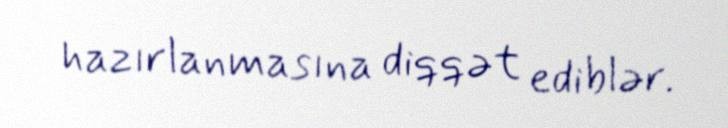
hazırlanmasına diqqət ediblər.